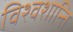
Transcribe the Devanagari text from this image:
विश्वशान्ति